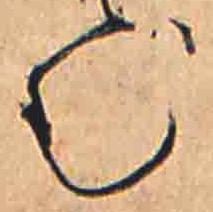
む